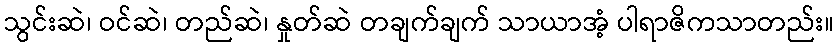
သွင်းဆဲ၊ ဝင်ဆဲ၊ တည်ဆဲ၊ နှုတ်ဆဲ တချက်ချက် သာယာအံ့ ပါရာဇိကသာတည်း။